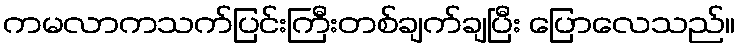
ကမလာကသက်ပြင်းကြီးတစ်ချက်ချပြီး ပြောလေသည်။